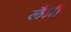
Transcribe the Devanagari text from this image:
लैप्री